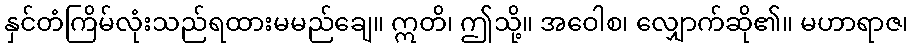
နှင်တံကြိမ်လုံးသည်ရထားမမည်ချေ။ ဣတိ၊ ဤသို့။ အဝေါစ၊ လျှောက်ဆို၏။ မဟာရာဇ၊